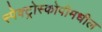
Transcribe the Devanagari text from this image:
स्पेक्ट्रोस्कोपीमधील